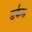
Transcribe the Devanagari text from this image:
डर्कस